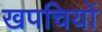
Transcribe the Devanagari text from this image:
खपचियों